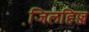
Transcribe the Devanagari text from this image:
जि़लहिज्ज